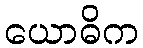
ယောဓိက